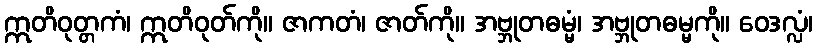
ဣတိဝုတ္တကံ၊ ဣတိဝုတ်ကို။ ဇာကတံ၊ ဇာတ်ကို။ အဗ္ဘုတဓမ္မံ၊ အဗ္ဘုတဓမ္မကို။ ဝေဒလ္လံ၊